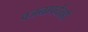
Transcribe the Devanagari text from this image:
वजनापर्यंतही